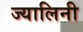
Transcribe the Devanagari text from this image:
ज्यालिनी